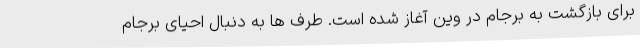
برای بازگشت به برجام در وین آغاز شده است. طرف ها به دنبال احیای برجام